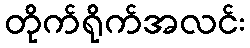
တိုက်ရိုက်အလင်း